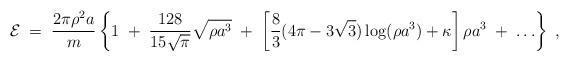
LaTeX: \begin{align*}{\cal E} \;=\; {2 \pi \rho^2 a \over m}\left\{ 1 \;+\; {128 \over 15 \sqrt{\pi}} \sqrt{\rho a^3}\;+\; \left[ {8 \over 3} ( 4 \pi - 3 \sqrt{3} )\log (\rho a^3) + \kappa \right] \rho a^3\;+\; \ldots \right\} \;,\end{align*}